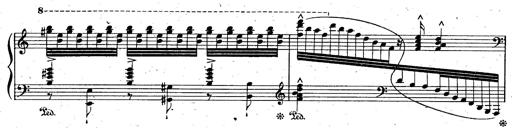
Title: God Save the Queen
Composer: Charles LÃ©on Hess
Key: A major